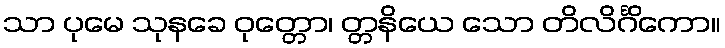
သာ ပုမေ သုနခေ ဝုတ္တော၊ တ္တနိယေ သော တိလိင်္ဂိကော။